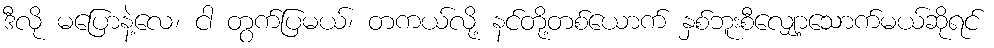
ဒီလို မပြောနဲ့လေ၊ ငါ တွက်ပြမယ်၊ တကယ်လို့ နင်တို့တစ်ယောက် နှစ်ဘူးစီလျှော့သောက်မယ်ဆိုရင်